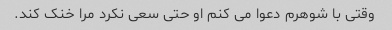
وقتی با شوهرم دعوا می کنم او حتی سعی نکرد مرا خنک کند.